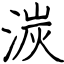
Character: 湠